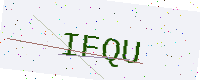
Text: IFQU